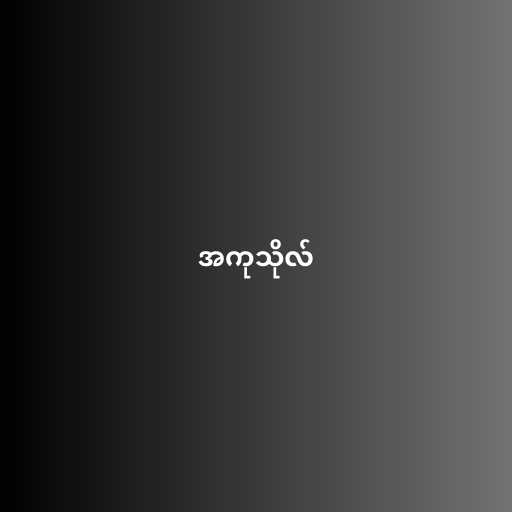
အကုသိုလ်